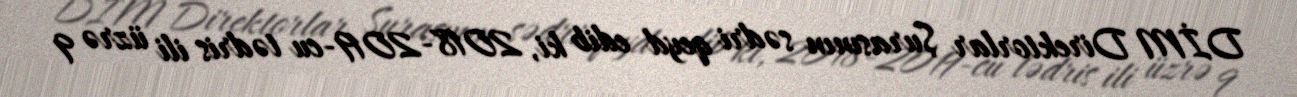
DİM Direktorlar Şurasının sədri qeyd edib ki, 2018-2019-cu tədris ili üzrə 9